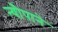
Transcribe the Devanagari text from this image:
न्यौपाने